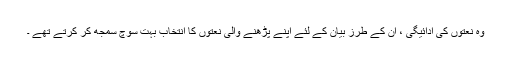
وہ نعتوں کی ادائیگی ، ان کے طرز بیان کے لئے اپنے پڑھنے والی نعتوں کا انتخاب بہت سوچ سمجھ کر کرتے تھے ۔